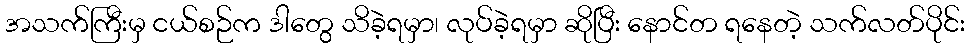
အသက်ကြီးမှ ငယ်စဉ်က ဒါတွေ သိခဲ့ရမှာ၊ လုပ်ခဲ့ရမှာ ဆိုပြီး နောင်တ ရနေတဲ့ သက်လတ်ပိုင်း